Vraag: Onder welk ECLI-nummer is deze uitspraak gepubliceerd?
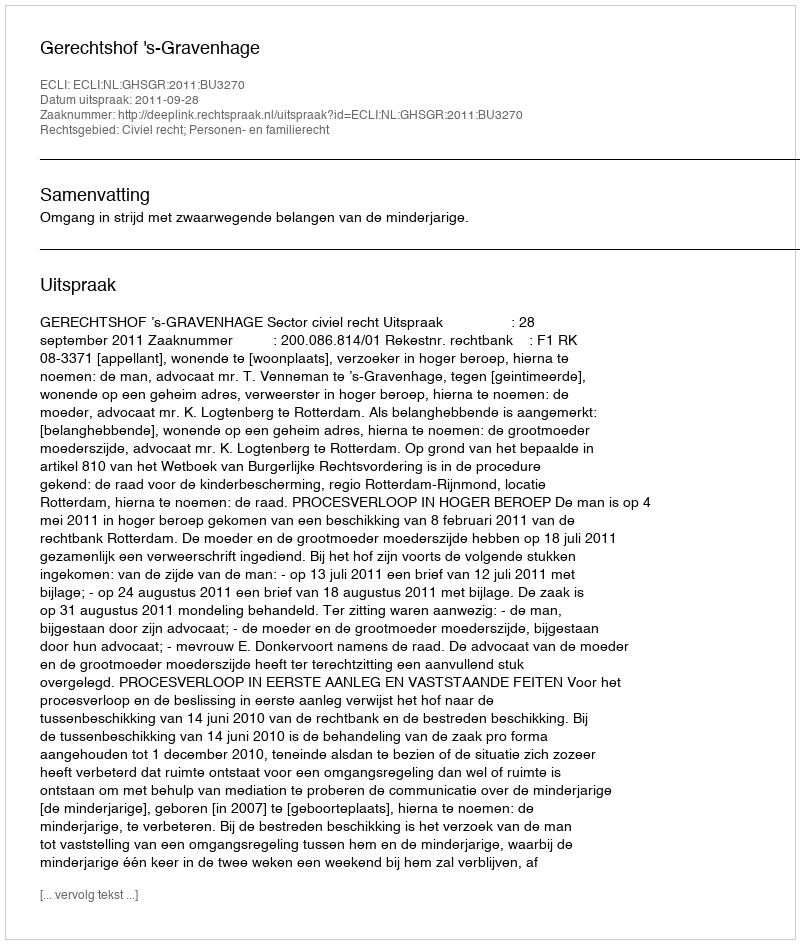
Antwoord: ECLI:NL:GHSGR:2011:BU3270